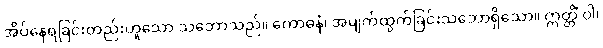
အိပ်နေရခြင်းတည်းဟူသော သဘောသည်။ ကောဓနံ၊ အမျက်ထွက်ခြင်းသဘောရှိသော။ ဣတ္တိံ ဝါ၊